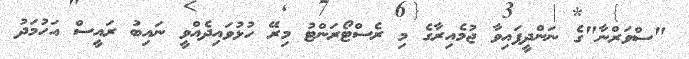
"ސްވަރްނާ"ގެ ނަންދީފައިވާ ޖުމެއިރާގެ މި ރެސްޓޯރަންޓު މިރޭ ހުޅުވައިދެއްވީ ނައިބު ރައީސް އަހުމަދު